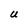
Character: U